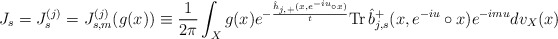
\begin{align*}J_s=J_s^{(j)}=J_{s,m}^{(j)}(g(x))\equiv \frac{1}{2\pi}\int_Xg(x)e^{-\frac{\hat h_{j,+}(x,e^{-iu}\circ x)}{t}}\mathrm{Tr}\,\hat b^+_{j,s}(x,e^{-iu}\circ x)e^{-imu}dv_X(x)\end{align*}